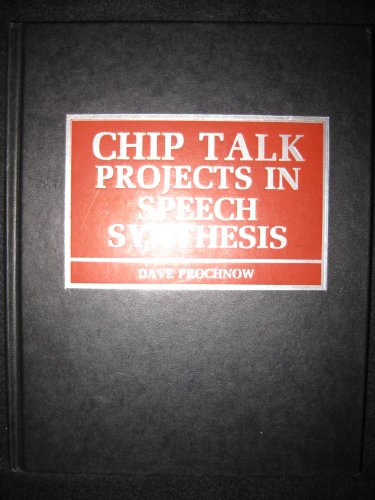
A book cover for Chip Talk: Projects in Speech Synthesis; Dave Prochnow; Computers & Technology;